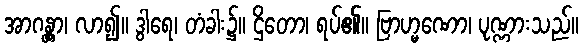
အာဂန္တွာ၊ လာ၍။ ဒွါရေ၊ တံခါး၌။ ဌိတော၊ ရပ်၏။ ဗြာဟ္မဏော၊ ပုဏ္ဏားသည်။